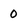
Character: 0